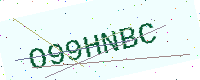
Text: O99HNBC